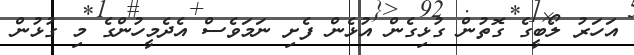
އަހަރު ލޯބީގެ ގޮތުން ގުޅިގެން އުޅެން ފެށި ނަމަވެސް އެދެމީހުންގެ މި ގުޅުން